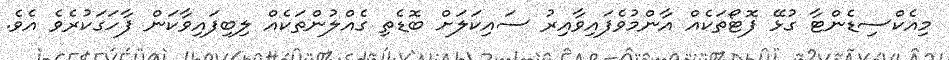
މިއެކްސިޑެންޓާ ގުޅޭ ފޮޓޯތަކެއް އާންމުވެފައިވާއިރު ސައިކަލަށް ބޮޑެތި ގެއްލުންތަކެއް ލިބިފައިވާކަން ފާހަގަކުރެވެ އެވެ.